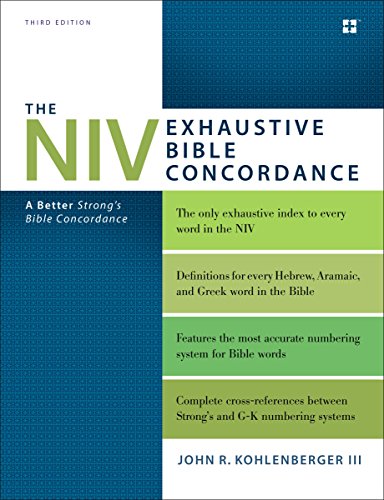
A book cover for The NIV Exhaustive Bible Concordance, Third Edition: A Better Strong's Bible Concordance; John R. Kohlenberger III; Christian Books & Bibles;